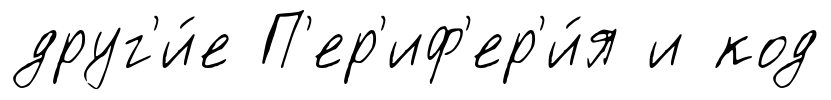
друг'и́е П'ер'иф'ер'и́я и код